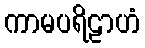
ကာမပရိဠာဟံ